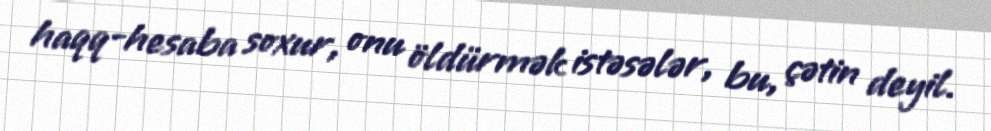
haqq-hesaba soxur, onu öldürmək istəsələr, bu, çətin deyil.